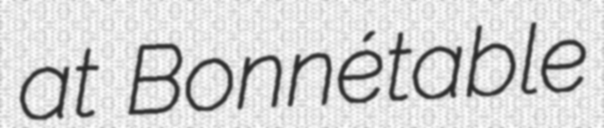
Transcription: at Bonnétable